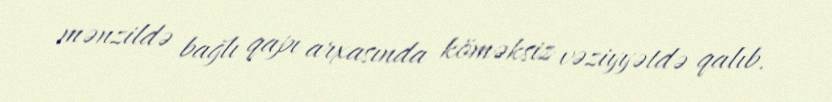
mənzildə bağlı qapı arxasında köməksiz vəziyyətdə qalıb.